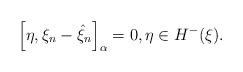
LaTeX: \begin{align*} \left[\eta, \xi_n - \hat{\xi}_n\right]_{\alpha} = 0,\eta \in H^-(\xi). \end{align*}